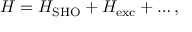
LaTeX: { \cal H } = { \cal H } _ { \mathrm { S H O } } + { \cal H } _ { \mathrm { e x c } } + \dots ,